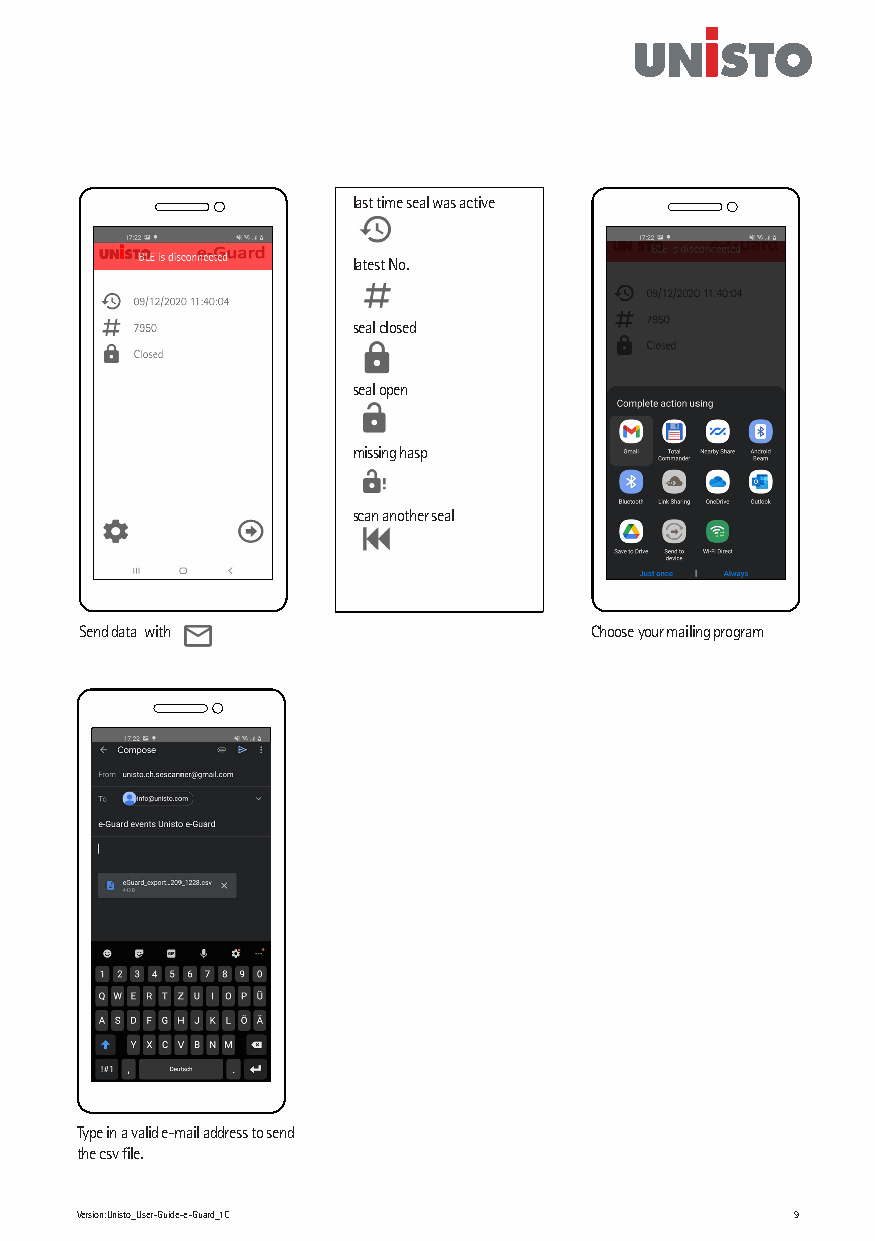
last time seal was active
 latest No.
 seal closed
 seal open
 missing hasp
 scan another seal
 Send data with                    Choose your mailing program
 Type in a valid e-mail address to send
 the csv file.
 Version:Unisto_User-Guide-e-Guard_1C           9